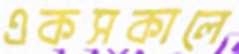
একসকালে